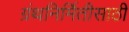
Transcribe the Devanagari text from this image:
ग्रंथनिर्मितीसाठी